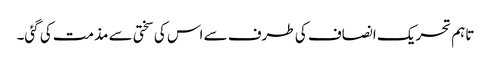
تاہم تحریک انصاف کی طرف سے اس کی سختی سے مذمت کی گئی۔